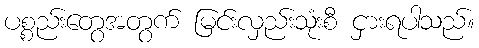
ပစ္စည်းတွေအတွက် မြင်းလှည်းသုံးစီ ငှားရပါသည်။